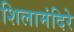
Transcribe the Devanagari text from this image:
शिलामंदिरे